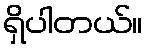
ရှိပါတယ်။